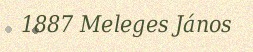
1887 Meleges János